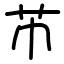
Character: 芇